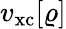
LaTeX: v_{\mathrm{xc}}[\varrho]